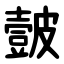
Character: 皼